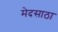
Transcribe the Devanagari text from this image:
मेदसाठा